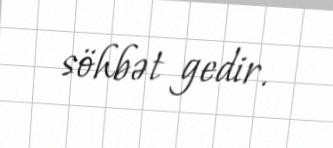
söhbət gedir.